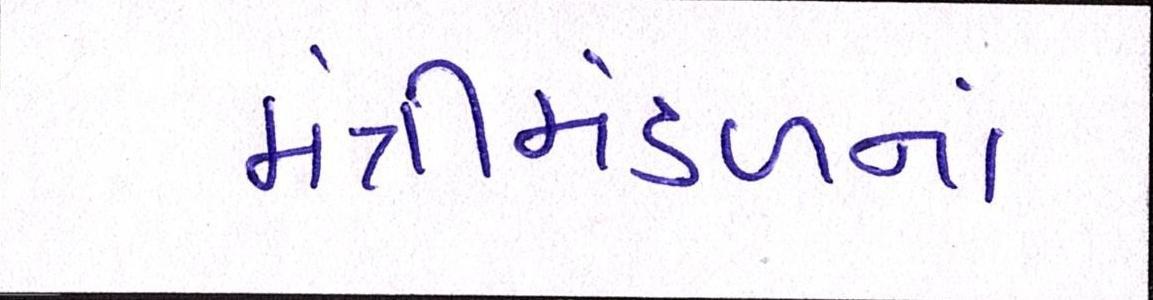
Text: મંત્રીમંડળનાં